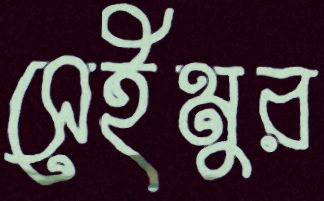
সেইমুর